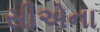
સીએના